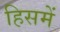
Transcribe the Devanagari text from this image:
हिसमें